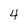
Character: 4